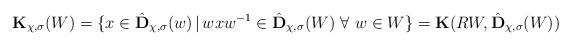
LaTeX: \begin{align*}{\bf K}_{\chi,\sigma}(W)=\{x\in \hat {\bf D}_{\chi,\sigma}(w)\,|\,wxw^{-1}\in \hat {\bf D}_{\chi,\sigma}(W)~\forall~w\in W \}={\bf K}(R W,\hat {\bf D}_{\chi,\sigma}(W))\end{align*}